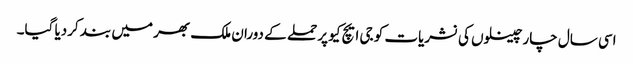
اسی سال چار چینلوں کی نشریات کو جی ایچ کیو پر حملے کے دوران ملک بھر میں بند کردیا گیا۔